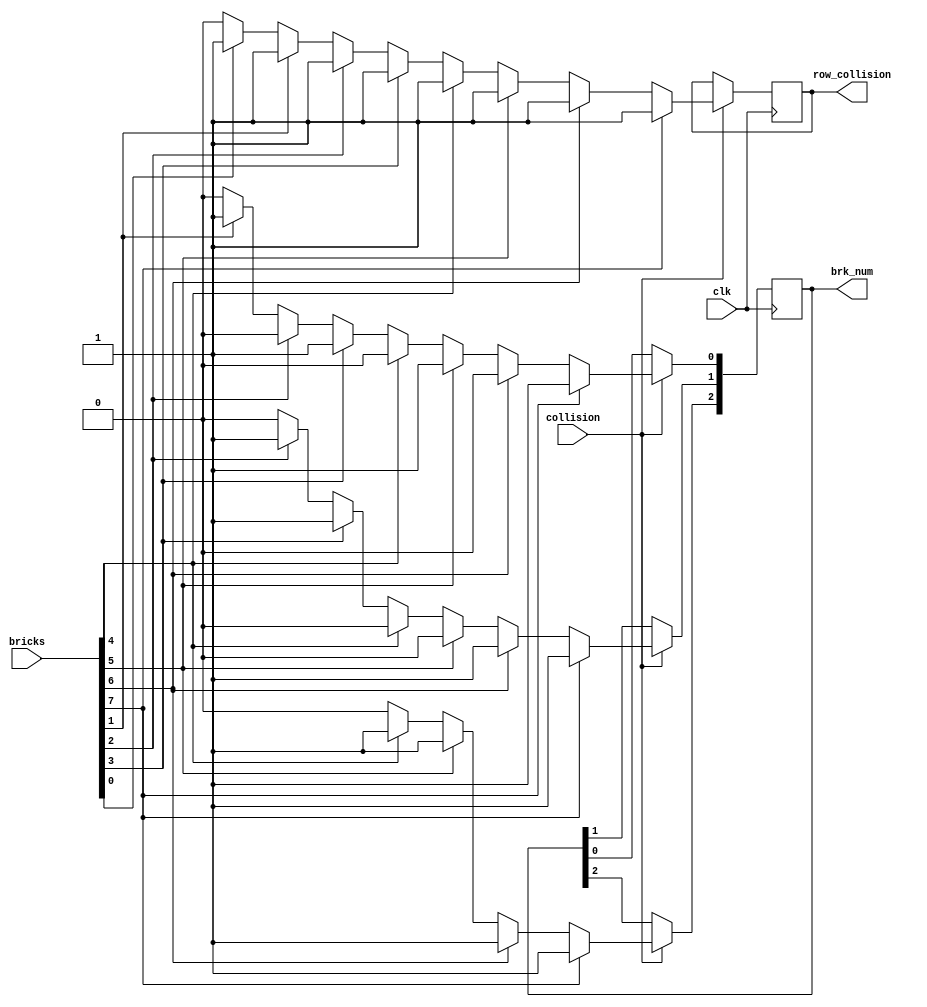
module collision_row_check (
    //outputs
    row_collision, brk_num, 
    // inputs
    clk, collision, bricks);
    
    output row_collision;
    output [2:0] brk_num;
    
    input clk, collision;
    input [7:0] bricks;
    
    reg row_collision;
    reg [2:0] brk_num;
    
    initial
    begin
      row_collision = 0;
      brk_num = 3'b000;
    end
    
    reg[3:0] i;
    always @ (posedge clk)
    begin
        if ( collision )
        begin
            row_collision <= 0;
            brk_num <= 0;
            for ( i = 0; i < 8; i = i + 1 )
            begin
                if (bricks[i])
                begin
                    row_collision <= 1;
                    brk_num[2] <= i[2];
                    brk_num[1] <= i[1];
                    brk_num[0] <= i[0];
                end
            end
        end
    end
endmodule